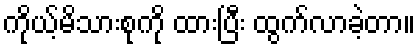
ကိုယ့်မိသားစုကို ထားပြီး ထွက်လာခဲ့တာ။